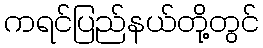
ကရင်ပြည်နယ်တို့တွင်